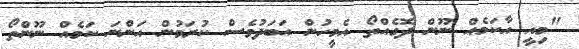
"މިއީ އާކަމެއް ނޫން ދޮގެއްތޯ އެމީހުން އަބަދުވެސް ކުރަމުން އަންނަ ކަމެއް ނޫންތޯ